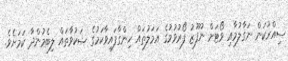
ސިއްރުކަން ނަގާލުމާއި ވޯޓަށް ނުފޫޒު ފޯރުވުމުގެ އަމަލުތައް ހިންގާފައިވާކަމުގެ ޝަކުވާތައް ލިބެމުންދާ ކަމަށެވެ.